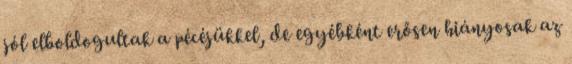
jól elboldogultak a pécéjükkel, de egyébként erősen hiányosak az